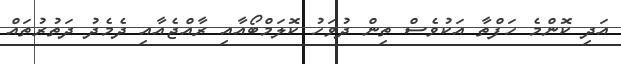
އަދި ކޮންމެ ހަފްތާ އަކުވެސް ތިން ދުވަހު ކޮލަމްބޯއާއި ރާއްޖެއާއި ދެމެދު ދަތުރުތައް